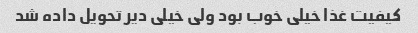
کیفیت غذا خیلی خوب بود ولی خیلی دیر تحویل داده شد